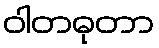
ဝါတဓုတာ